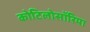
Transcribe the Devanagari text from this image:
कोटिलोसॉरिया